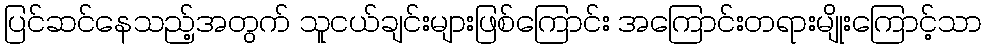
ပြင်ဆင်နေသည့်အတွက် သူငယ်ချင်းများဖြစ်ကြောင်း အကြောင်းတရားမျိုးကြောင့်သာ